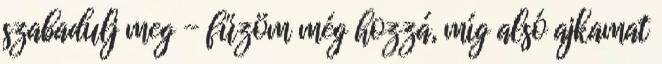
szabadulj meg - fűzöm még hozzá, míg alsó ajkamat